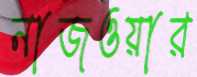
নাজওয়ার